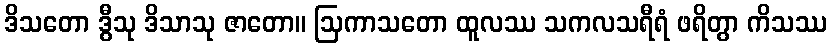
ဒိသတော ဒွီသု ဒိသာသု ဇာတော။ ဩကာသတော ထူလဿ သကလသရီရံ ဖရိတွာ ကိသဿ